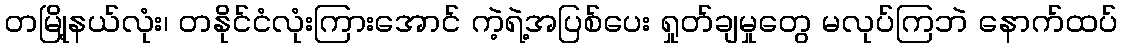
တမြို့နယ်လုံး၊ တနိုင်ငံလုံးကြားအောင် ကဲ့ရဲ့အပြစ်ပေး ရှုတ်ချမှုတွေ မလုပ်ကြဘဲ နောက်ထပ်